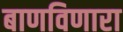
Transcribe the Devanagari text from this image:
बाणविणारा